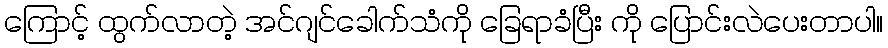
ကြောင့် ထွက်လာတဲ့ အင်ဂျင်ခေါက်သံကို ခြေရာခံပြီး ကို ပြောင်းလဲပေးတာပါ။